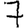
Digit: 7